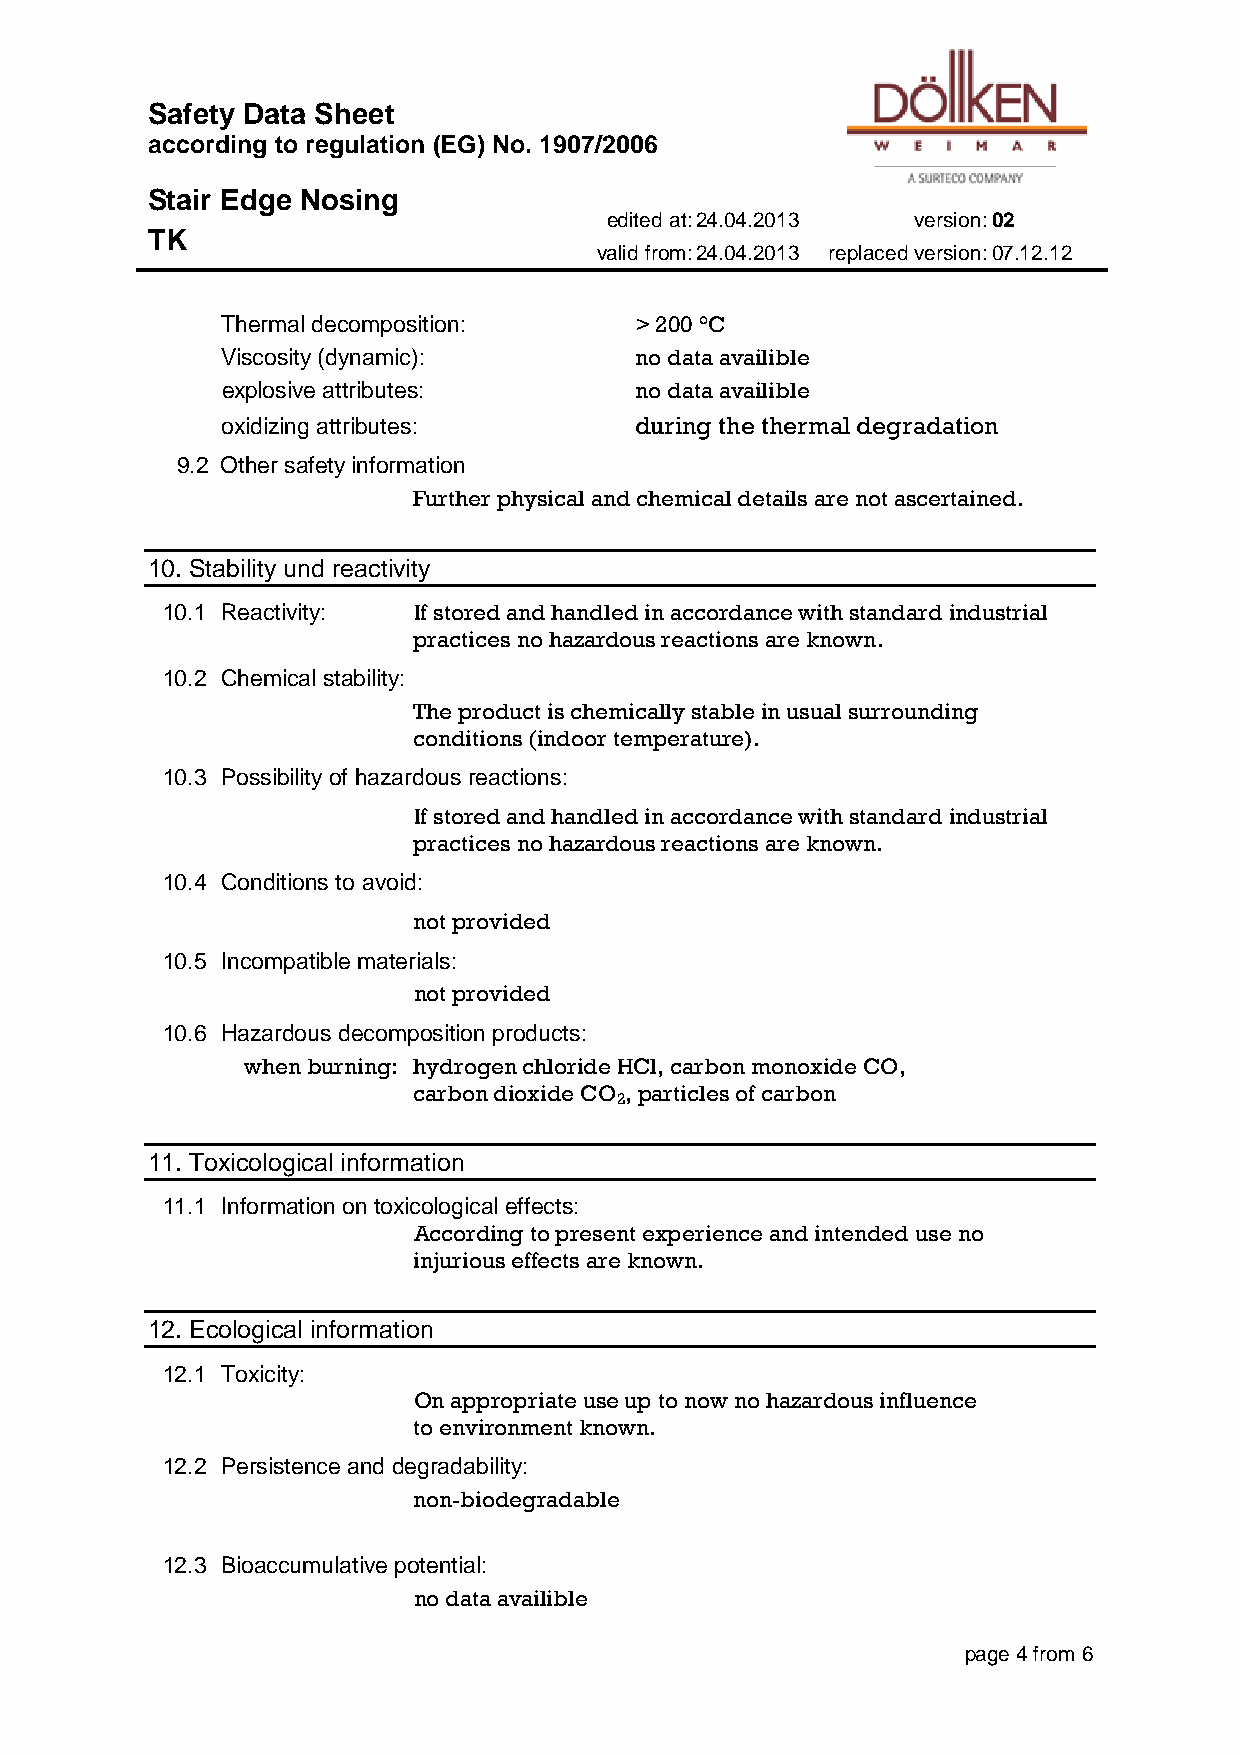
Safety Data Sheet
 according to regulation (EG) No. 1907/2006
 Stair Edge Nosing
 edited at: 24.04.2013 version: 02
 TK
 valid from: 24.04.2013 replaced version: 07.12.12
 Thermal decomposition:     > 200 °C
 Viscosity (dynamic):       no data availible
 explosive attributes:      no data availible
 oxidizing attributes:      during the thermal degradation
 9.2 Other safety information
 Further physical and chemical details are not ascertained.
 10. Stability und reactivity
 10.1 Reactivity: If stored and handled in accordance with standard industrial
 practices no hazardous reactions are known.
 10.2 Chemical stability:
 The product is chemically stable in usual surrounding
 conditions (indoor temperature).
 10.3 Possibility of hazardous reactions:
 If stored and handled in accordance with standard industrial
 practices no hazardous reactions are known.
 10.4 Conditions to avoid:
 not provided
 10.5 Incompatible materials:
 not provided
 10.6 Hazardous decomposition products:
 when burning: hydrogen chloride HCl, carbon monoxide CO,
 carbon dioxide CO , particles of carbon
 2
 11. Toxicological information
 11.1 Information on toxicological effects:
 According to present experience and intended use no
 injurious effects are known.
 12. Ecological information
 12.1 Toxicity:
 On appropriate use up to now no hazardous influence
 to environment known.
 12.2 Persistence and degradability:
 non-biodegradable
 12.3 Bioaccumulative potential:
 no data availible
 page 4 from 6